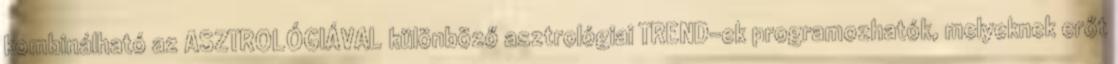
kombinálható az ASZTROLÓGIÁVAL különböző asztrológiai TREND-ek programozhatók, melyeknek erőt